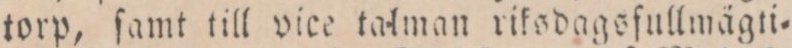
torp, ſamt till vice talman riksdagsfullmägti=